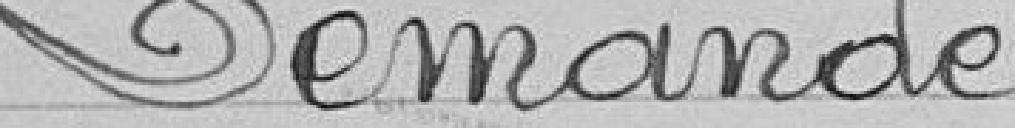
Demande